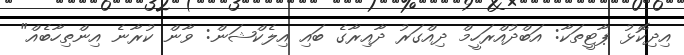
އިދިކޮޅު ޕާޓީތަކާ: އަބްދުއްރަހީމް ދިއްގަރު ދާއިރާގެ ބައި އިލެކްޝަން: ވާން ކުރާނެ އިންތިހާބެއް"